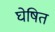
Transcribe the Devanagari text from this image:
घेषित